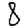
Digit: 8